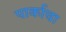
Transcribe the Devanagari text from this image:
पार्काचा